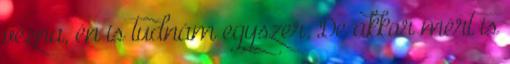
vézna, én is tudnám egyszer. De akkor mért is